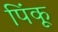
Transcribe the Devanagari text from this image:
पिंकू